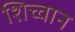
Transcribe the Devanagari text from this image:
शिच्वान